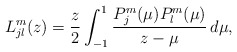
\begin{align*}L_{jl}^m(z)=\frac{z}{2}\int_{-1}^1\frac{P_j^m(\mu)P_l^m(\mu)}{z-\mu}\,d\mu,\end{align*}